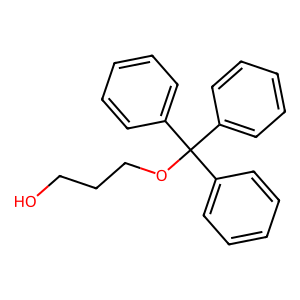
SMILES: OCCCOC(c1ccccc1)(c1ccccc1)c1ccccc1
Inhibits HIV replication: No